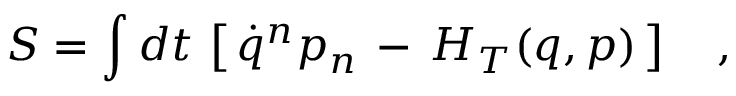
S = \int d t \, \left[ \, \dot { q } ^ { n } p _ { n } \, - \, H _ { T } ( q , p ) \, \right] \ \ \ ,